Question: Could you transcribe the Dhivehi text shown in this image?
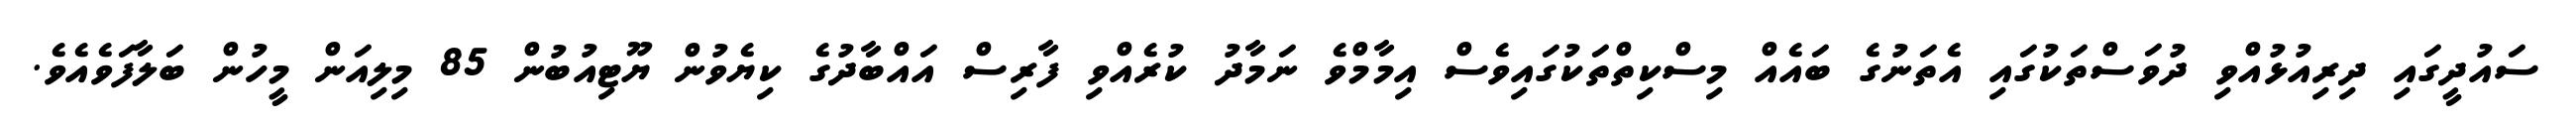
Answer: ސައުދީގައި ދިރިއުޅުއްވި ދުވަސްތަކުގައި އެތަނުގެ ބައެއް މިސްކިތްތަކުގައިވެސް އިމާމްވެ ނަމާދު ކުރެއްވި ފާރިސް އައްބާދުގެ ކިޔެވުން ޔޫޓިއުބުން 85 މިލިއަން މީހުން ބަލާފަވެއެވެ.